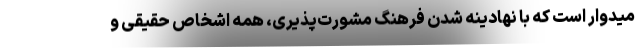
میدوار است که با نهادینه شدن فرهنگ مشورت‌پذیری، همه اشخاص حقیقی و